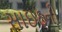
સાઇઠની